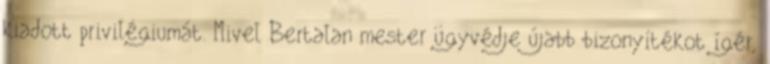
kiadott privilégiumát. Mivel Bertalan mester ügyvédje újabb bizonyítékot ígér,